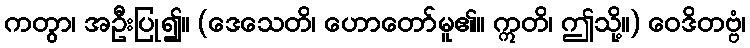
ကတွာ၊ အဦးပြု၍။ (ဒေသေတိ၊ ဟောတော်မူ၏။ ဣတိ၊ ဤသို့။) ဝေဒိတဗ္ဗံ၊